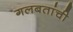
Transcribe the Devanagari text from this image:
गलबतांची